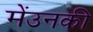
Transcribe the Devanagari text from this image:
मेंउनकी